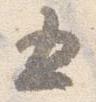
五